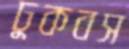
ঢুকবস